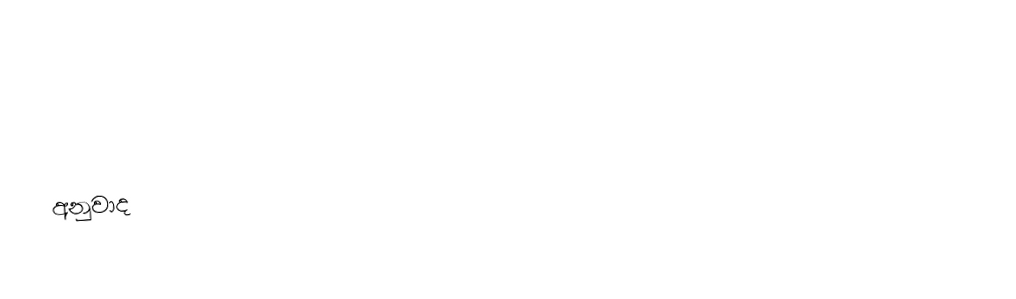

අනුවාද